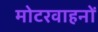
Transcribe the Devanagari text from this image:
मोटरवाहनों